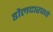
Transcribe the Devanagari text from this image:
डौलदारपणे